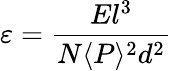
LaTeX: \varepsilon=\frac{El^{3}}{N\langle P\rangle^{2}d^{2}}